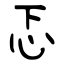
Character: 忑